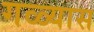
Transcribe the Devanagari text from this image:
गळ्यास